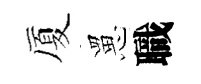
厦罳職